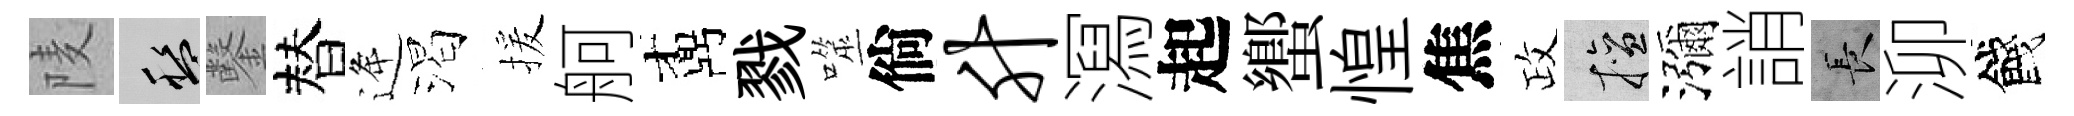
𨹧盤鑿替逄渴援舸鼒戮噬倘升㵼起蠁惶焦政擅瀰誚长泖餞